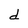
Character: d